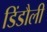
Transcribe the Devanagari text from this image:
डिंडौली